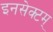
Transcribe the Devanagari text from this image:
इनसेक्टम्‌